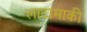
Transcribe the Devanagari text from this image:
लाटामाकी